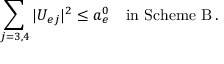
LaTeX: \sum _ { j = 3 , 4 } | U _ { e j } | ^ { 2 } \leq a _ { e } ^ { 0 } \quad \mathrm { i n ~ S c h e m e ~ B } \, .